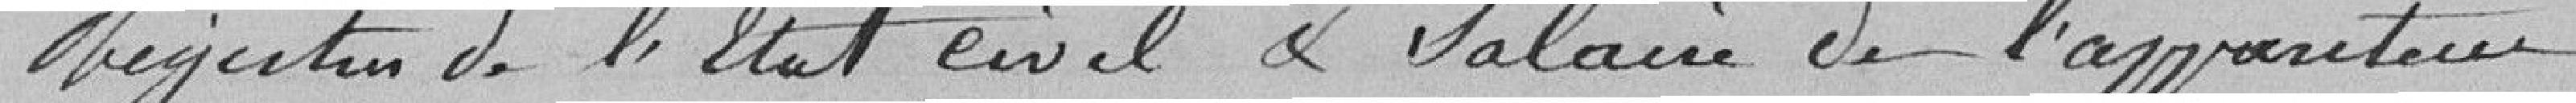
Registre de l'Etat civil et salaire de l'appariteur